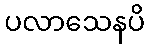
ပလာသေနပိ